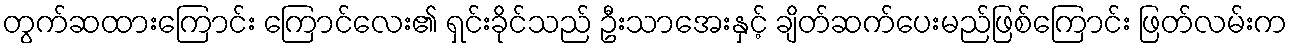
တွက်ဆထားကြောင်း ကြောင်လေး၏ ရှင်းခိုင်သည် ဦးသာအေးနှင့် ချိတ်ဆက်ပေးမည်ဖြစ်ကြောင်း ဖြတ်လမ်းက